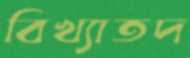
বিখ্যাতদ